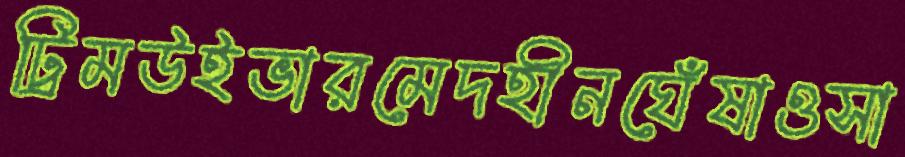
ট্রিমউইভারমেদহীনঘেঁষাওসা